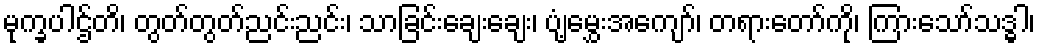
မုက္ခပါဌ်တိ၊ တွတ်တွတ်ညင်းညင်း၊ သာခြင်းချေးချေး၊ ပျံ့မွှေးအကျော်၊ တရားတော်ကို၊ ကြားသော်သဒ္ဓါ၊